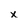
Character: x